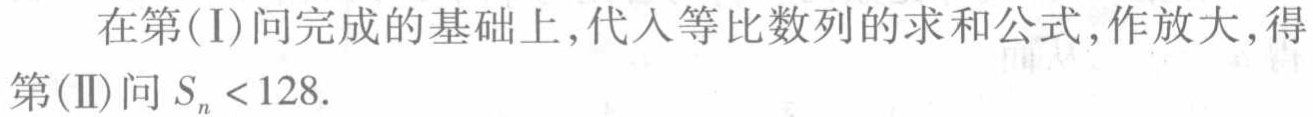
在第\((\mathrm{I})\)问完成的基础上,代入等比数列的求和公式,作放大,得第\((\mathrm{II})\)问\(S_{n}<128\).